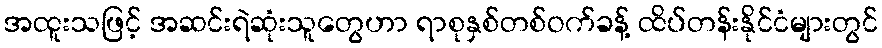
အထူးသဖြင့် အဆင်းရဲဆုံးသူတွေဟာ ရာစုနှစ်တစ်ဝက်ခန့် ထိပ်တန်းနိုင်ငံများတွင်